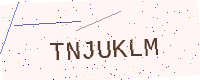
Text: TNJUKLM